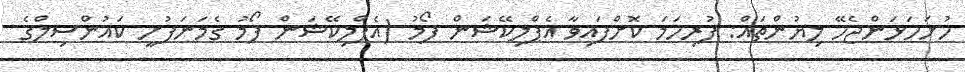
ހުށަހަޅަންޖެހޭ ލިޔުންތައް: ފުރިހަމަ ކޮށްފައިވާ އެޕްލިކޭޝަން ފޯމު (އެޕްލިކޭޝަން ފޯމު ގެމަނަފުށީ ކައުންސިލްގެ